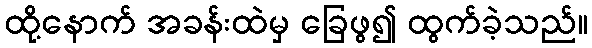
ထို့နောက် အခန်းထဲမှ ခြေဖွ၍ ထွက်ခဲ့သည်။